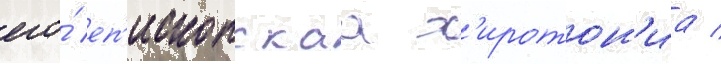
его́ еп'ископскаа х'иротон'иа /